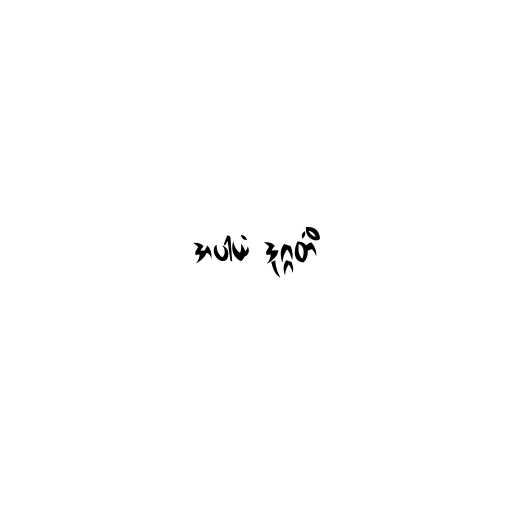
အပါယံ ဒုဂ္ဂတိံ